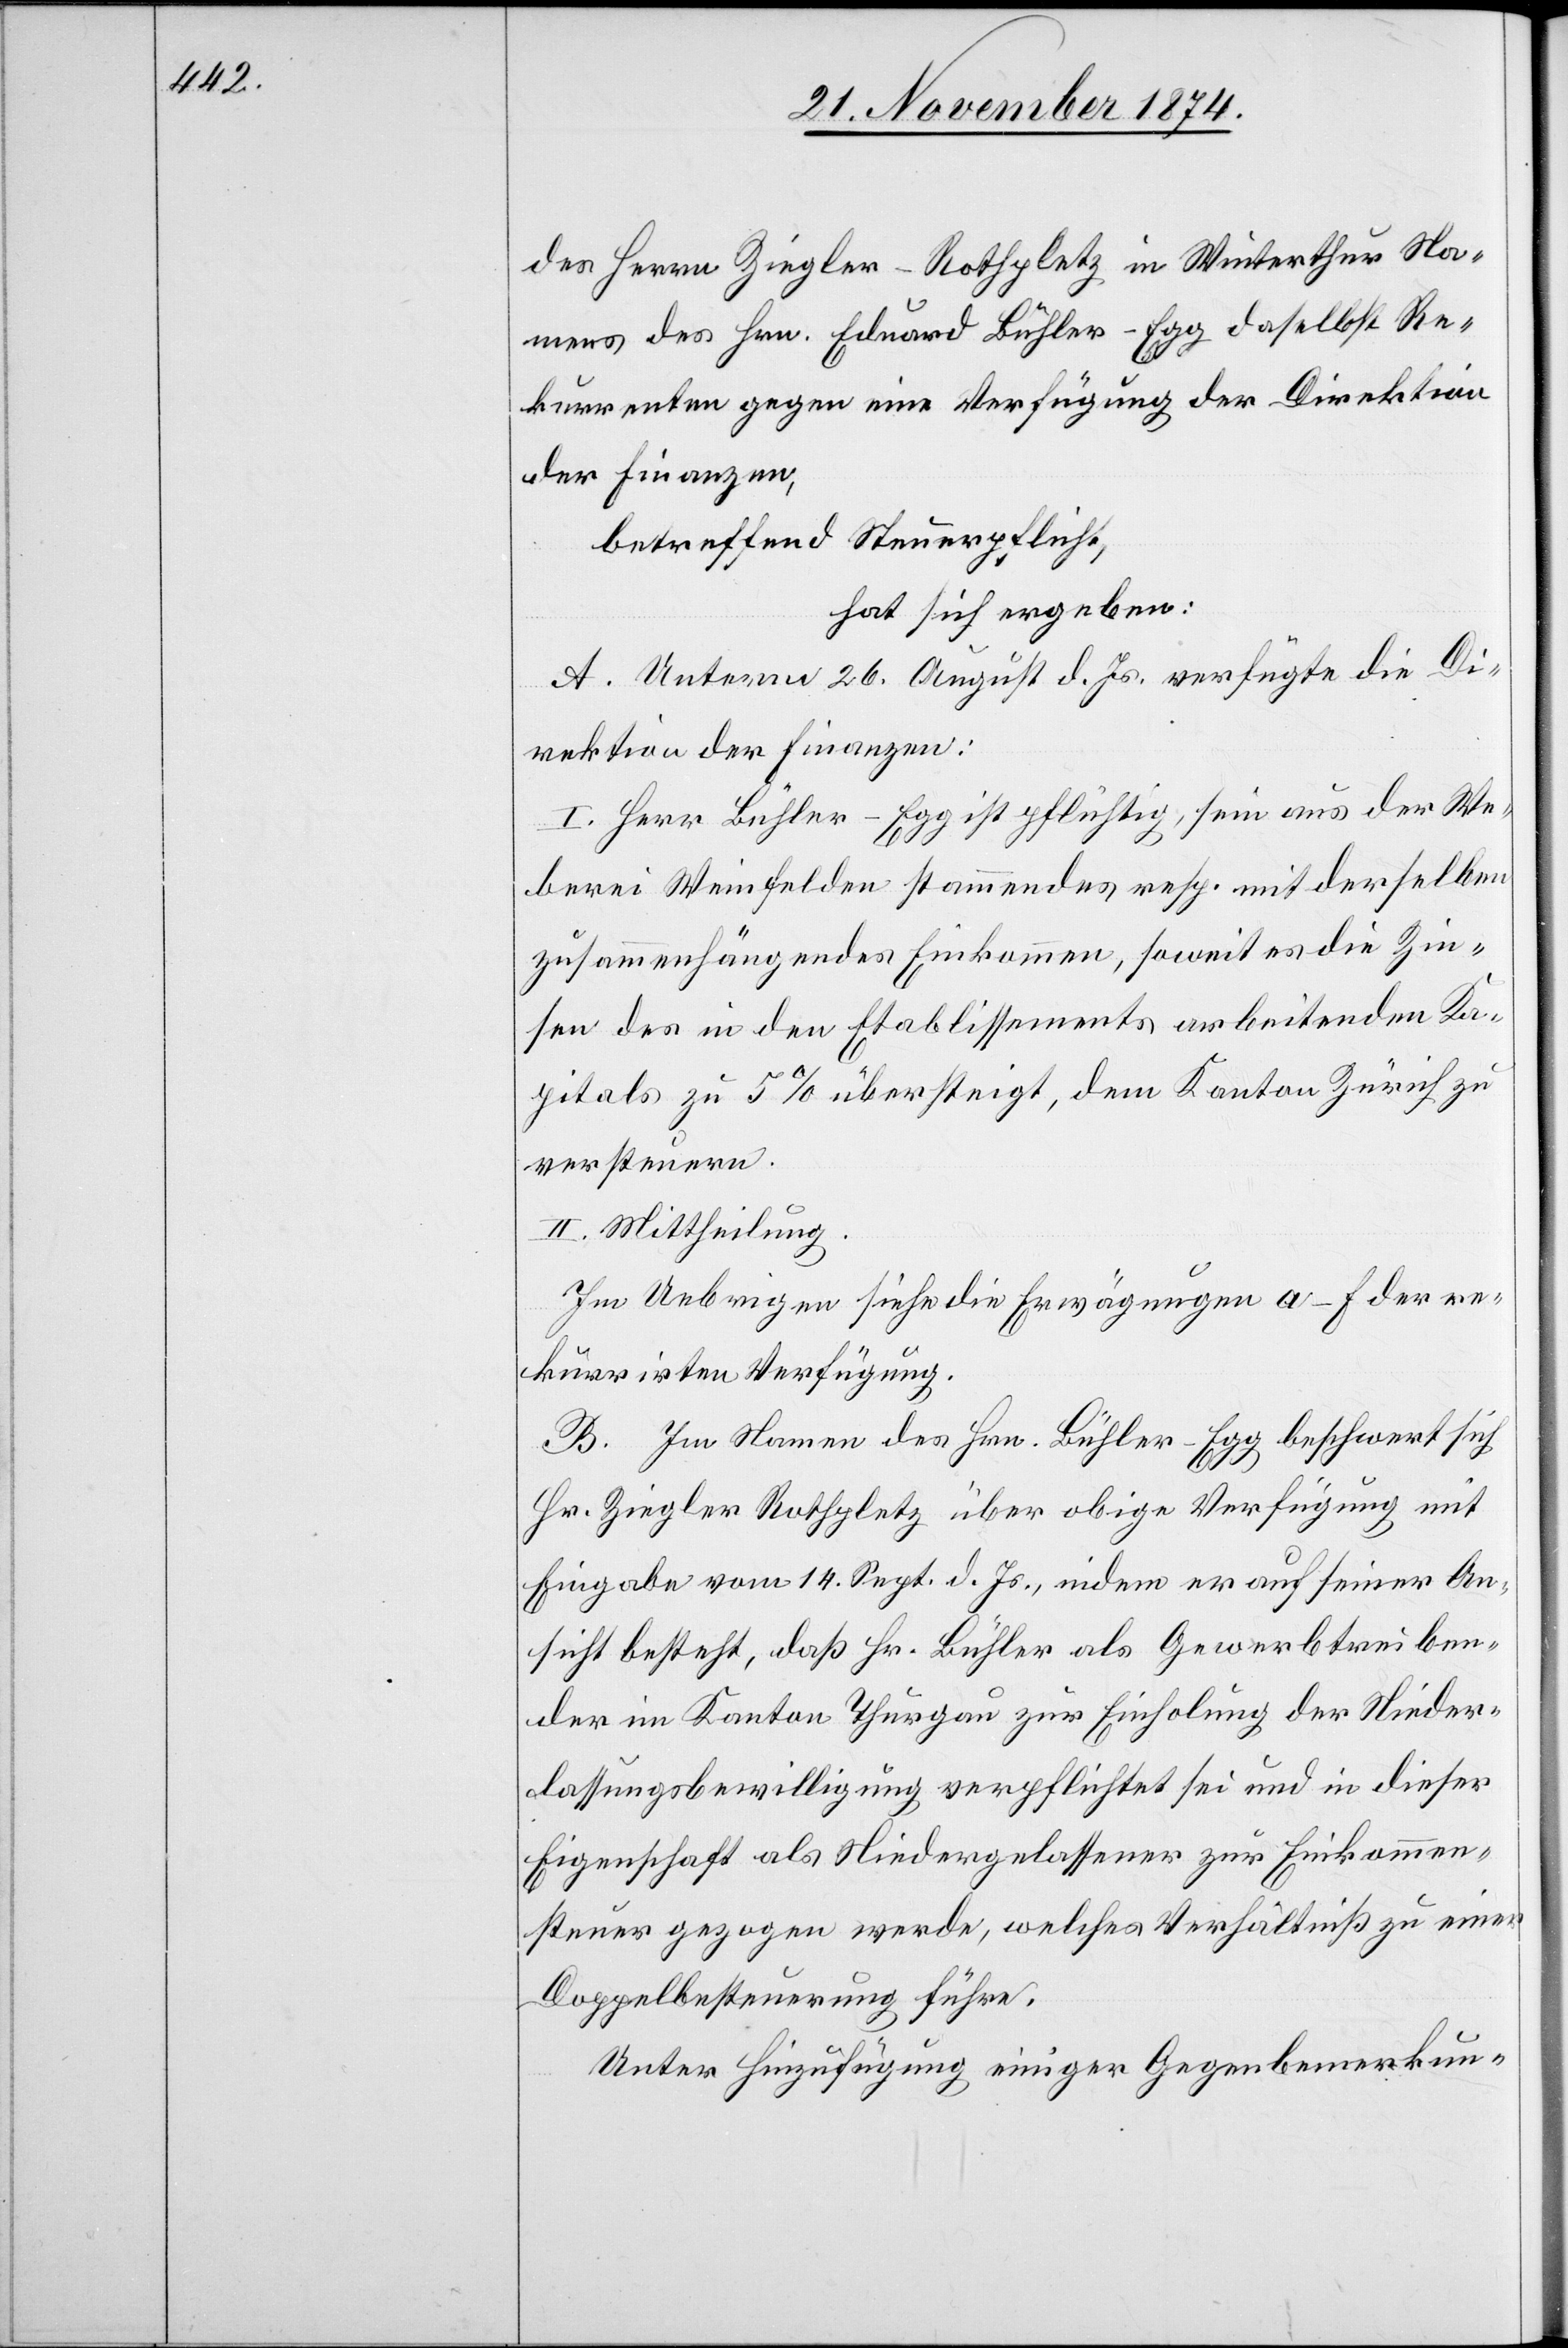
des Herrn Ziegler-Rothpletz in Winterthur Na¬
mens des Hrn. Eduard Bühler-Egg daselbst Re¬
kurrenten gegen eine Verfügung der Direktion
der Finanzen,
betreffend Steuerpflicht,
hat sich ergeben:
A. Unterm 26. August d. Js. verfügte die Di¬
rektion der Finanzen:
I. Herr Bühler-Egg ist pflichtig, sein aus der We¬
berei Weinfelden stammendes resp. mit derselben
zusammenhängendes Einkommen, soweit es die Zin¬
sen des in den Etablissements arbeitenden Ka¬
pitals zu 5% übersteigt, dem Kanton Zürich zu
versteuern.
II. Mittheilung.
Im Uebrigen siehe die Erwägungen a–f der re¬
kurrirten Verfügung.
B. Im Namen des Hrn. Bühler-Egg beschwert sich
Hr. Ziegler Rothpletz über obige Verfügung mit
Eingabe vom 14. Sept. d. Js., indem er auf seiner An¬
sicht besteht, daß Hr. Bühler als Gewerbtreiben¬
der im Kanton Thurgau zur Einholung der Nieder¬
lassungsbewilligung verpflichtet sei und in dieser
Eigenschaft als Niedergelassener zur Einkomme¬
n[s]steuer gezogen werde, welches Verhältniß zu einer
Doppelbesteuerung führe.
Unter Hinzufügung einiger Gegenbemerkun-